Lunatic asylums Madras 1877-1891 - 1877-1891
Year: 1877
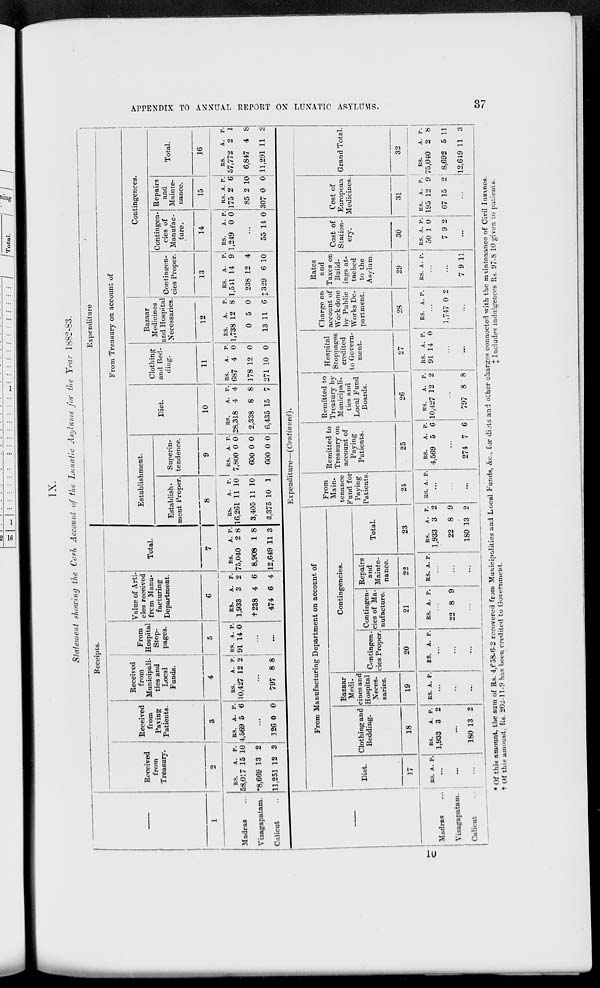
APPENDIX TO ANNUAL REPORT ON LUNATIC ASYLUMS.
37
IX.
Statement
showing the Cash Account of the Lunatic Asylums for the Year 1882-83.
—
1
Madras ...
Vizagapatam.
Calicut ..
Receipts.
Received
from
Treasury.
2
RS.
58,017
*8,669
11,251
A.
15
13
12
P.
10
2
3
Received
from
Paying
Patients.
3
RS.
4,569
A.
5
P.
6
...
126 0 0
Received
from
Municipali-
ties and
Local
Funds.
4
RS.
10,427
A.
12
P.
2
...
797 8 8
From
Hospital
Stop-
pages.
5
RS.
91
A.
14
P.
0
...
...
Value of Arti-
cles received
from Manu-
facturing
Department.
6
RS.
1,933
† 238
474
A.
3
4
6
P.
2
6
4
Total.
7
RS.
75,040
8,908
12,649
A.
2
1
11
P.
8
8
3
Expenditure
From Treasury on account of
Establishment.
Establish-
ment Proper.
8
RS.
16,261
3,405
3,375
A.
11
11
10
P.
10
10
1
Superin-
tendence.
9
RS.
7,800
600
600
A.
0
0
0
P.
0
0
0
Diet.
10
RS.
28,318
2,338
6,435
A.
4
8
15
P.
4
8
7
Clothing
and Bed-
ding.
11
RS.
687
178
271
A.
4
12
10
P.
0
0
0
Bazaar
Medicines
and Hospital
Necessaries.
12
RS.
1,738
0
13
A.
12
5
11
P.
8
0
6
Contingences.
Contingen-
cies Proper.
13
RS.
1,541
238
‡ 329
A.
14
12
6
P.
9
4
10
Contingen-
cies of
Manufac-
ture.
14
RS.
1,249
A.
0
P.
0
...
55 14 0
Repairs
and
Mainte-
nance.
15
RS.
175
85
307
A.
2
2
0
P.
6
10
0
Total.
16
RS.
57,772
6,847
11,291
A.
2
4
11
P.
1
8
2
—
Madras ...
Vizagapatam.
Calicut ...
Expenditure—(Continued).
From Manufacturing Department on account of
Diet.
17
RS. A. P.
...
...
...
Clothing and
Bedding.
18
RS.
1,933
A.
3
P.
2
...
180 13 2
Bazaar
Medi-
cines and
Hospital
Neces-
saries.
19
RS. A. P.
...
...
...
Contingencies.
Contingen-
cies Proper.
20
RS. A. P.
...
...
...
Contingen-
cies of Ma-
nufacture.
21
RS. A. P.
...
22 8 9
...
Repairs
and
Mainte-
nance.
22
RS. A. P.
...
...
...
Total.
23
RS.
1,933
22
180
A.
3
8
13
P.
2
9
2
From
Main-
tenance
Fund for
Paying
Patients.
24
RS. A. P.
...
...
...
Remitted to
Treasury on
account of
Paying
Patients.
25
RS.
4,569
A.
5
P.
6
...
274 7 6
Remitted to
Treasury by
Municipali-
ties and
Local Fund
Boards.
26
RS.
10,427
A.
12
P.
2
...
797 8 8
Hospital
Stoppages
credited
to Govern-
ment.
27
RS.
91
A.
14
P.
0
...
...
Charge on
account of
Work done
by Public
Works De-
partment.
28
RS. A. P.
...
1,747 0 2
...
Rates
and
Taxes on
Build-
ings at-
tached
to the
Asylum.
29
RS. A. P.
...
...
7 9 11
Cost of
Station-
ery.
30
RS.
50
7
A.
1
9
P.
0
2
...
Cost of
European
Medicines.
31
RS.
195
67
A.
12
15
P.
9
2
...
Grand Total.
32
RS.
75,040
8,692
12,649
A.
2
5
11
P.
8
11
3
* Of this amount, the sum of Rs. 4,658-6-2 recovered from Municipalities and Local Funds, &c., for diets and other charges connected with the maintenance of Civil Insanes.
† Of this amount Rs. 202-11-9 has been credited to Government.
‡
Includes indulgences Rs. 97-8-10 given to patients.
10